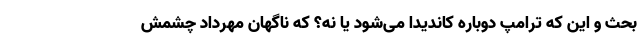
بحث و این که ترامپ دوباره کاندیدا می­شود یا نه؟ که ناگهان مهرداد چشمش